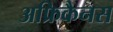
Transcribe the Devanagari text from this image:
अफ्रिकैनस